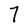
Character: 7